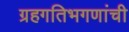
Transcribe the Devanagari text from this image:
ग्रहगतिभगणांची